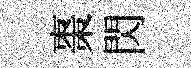
棗閃